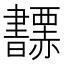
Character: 𧺅